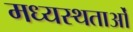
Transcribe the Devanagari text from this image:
मध्‍यस्‍थताओं